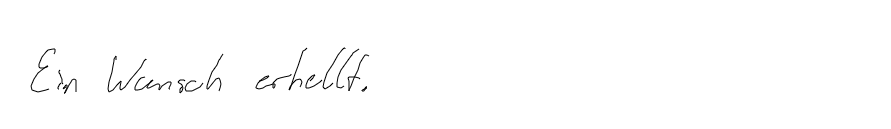
Ein Wunsch erhellt.